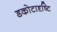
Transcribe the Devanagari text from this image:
डकोटादृष्टि